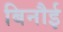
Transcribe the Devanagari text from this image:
बिनौई